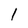
Character: 1